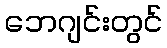
ဘေဂျင်းတွင်